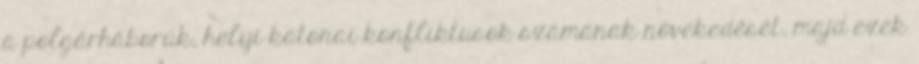
a polgárháborúk, helyi katonai konfliktusok számának növekedését, majd ezek